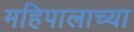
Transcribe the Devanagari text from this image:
महिपालाच्या